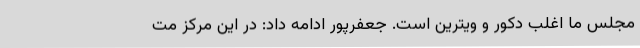
مجلس ما اغلب دکور و ویترین است. جعفرپور ادامه داد: در این مرکز مت